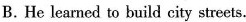
B.He learned to build city streets.